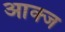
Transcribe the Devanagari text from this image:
आक्ज